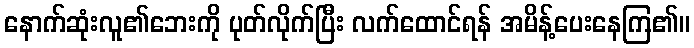
နောက်ဆုံးလူ၏ဘေးကို ပုတ်လိုက်ပြီး လက်ထောင်ရန် အမိန့်ပေးနေကြ၏။